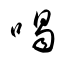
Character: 喝